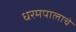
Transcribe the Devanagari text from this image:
धरमपालाचे